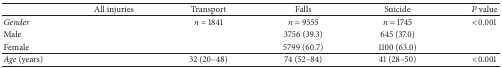
<table><thead><tr><td>[EMPTY_CELL]</td><td><b>All injuries</b></td><td><b>Transport</b></td><td><b>Falls</b></td><td><b>Suicide</b></td><td><b><i>P</i> value</b></td></tr></thead><tbody><tr><td><i>Gender </i></td><td>[EMPTY_CELL]</td><td><i>n</i> = 1841</td><td><i>n</i> = 9555</td><td><i>n</i> = 1745</td><td>&lt;0.001</td></tr><tr><td>Male</td><td>[EMPTY_CELL]</td><td>[EMPTY_CELL]</td><td>3756 (39.3)</td><td>645 (37.0)</td><td>[EMPTY_CELL]</td></tr><tr><td>Female</td><td>[EMPTY_CELL]</td><td>[EMPTY_CELL]</td><td>5799 (60.7)</td><td>1100 (63.0)</td><td>[EMPTY_CELL]</td></tr><tr><td><i>Age</i> (years)</td><td>[EMPTY_CELL]</td><td>32 (20–48)</td><td>74 (52–84)</td><td>41 (28–50)</td><td>&lt;0.001</td></tr></tbody></table>